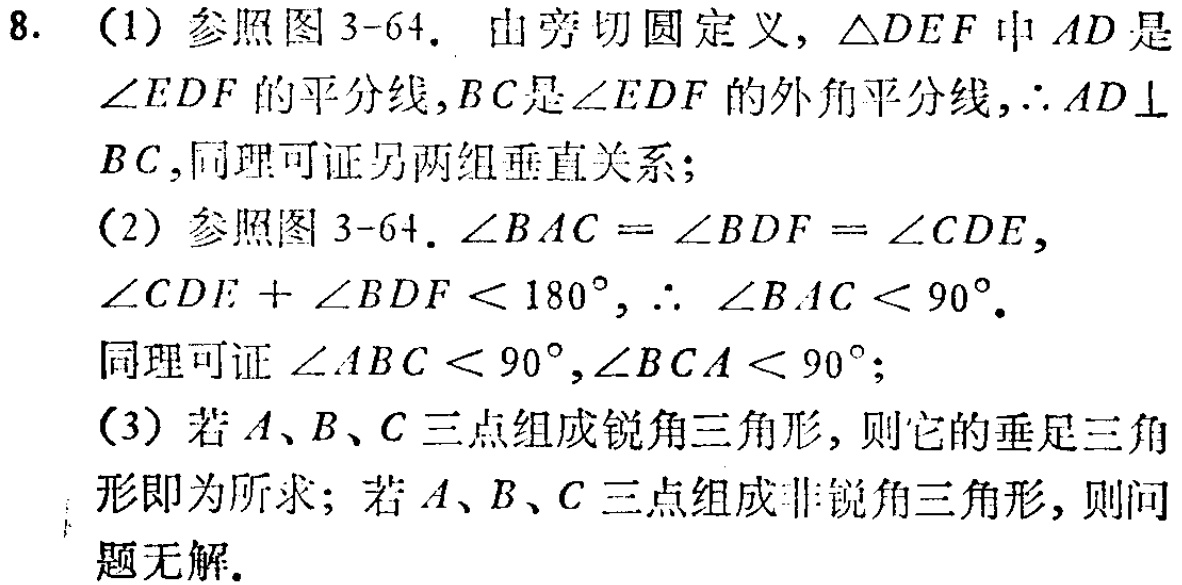
8. (1) 参照图 3-64. 由旁切圆定义, $\triangle DEF$ 中 $AD$ 是
$\angle EDF$ 的平分线, $BC$ 是 $\angle EDF$ 的外角平分线, $\therefore AD\perp$
$BC$, 同理可证另两组垂直关系;
(2) 参照图 3-64. $\angle BAC = \angle BDF = \angle CDE$,
$\angle CDE + \angle BDF < 180^{\circ}$, $\therefore \angle BAC < 90^{\circ}$.
同理可证 $\angle ABC < 90^{\circ}, \angle BCA < 90^{\circ}$;
(3) 若 $A、B、C$ 三点组成锐角三角形, 则它的垂足三角
形即为所求; 若 $A、B、C$ 三点组成非锐角三角形, 则问
题无解.